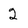
Character: 2